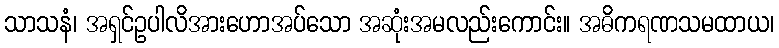
သာသနံ၊ အရှင်ဥပါလိအားဟောအပ်သော အဆုံးအမလည်းကောင်း။ အဓိကရဏသမထာယ၊